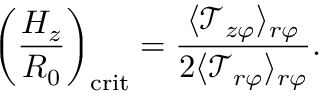
\left( \frac { H _ { z } } { R _ { 0 } } \right) _ { \mathrm { c r i t } } = \frac { \langle \mathcal { T } _ { z \varphi } \rangle _ { r \varphi } } { 2 \langle \mathcal { T } _ { r \varphi } \rangle _ { r \varphi } } .